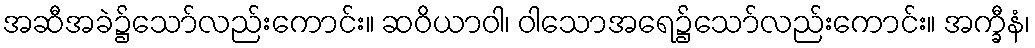
အဆီအခဲ၌သော်လည်းကောင်း။ ဆဝိယာဝါ၊ ဝါသောအရေ၌သော်လည်းကောင်း။ အက္ခီနံ၊